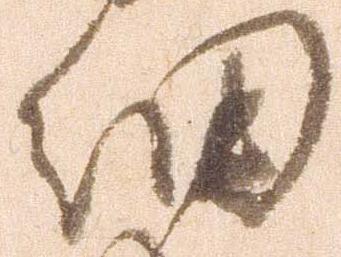
細